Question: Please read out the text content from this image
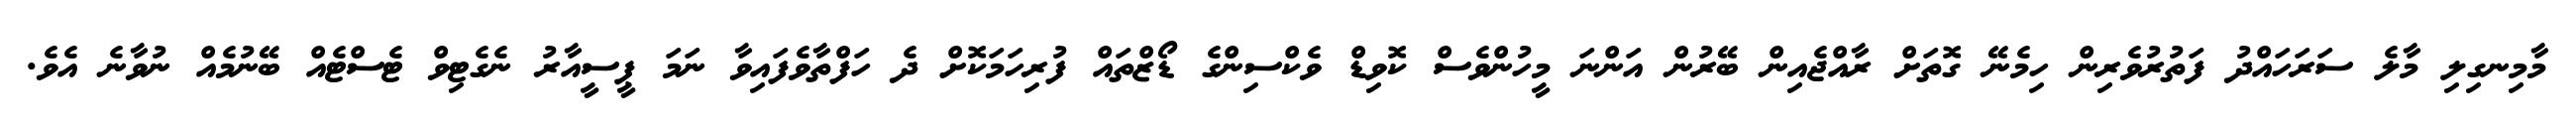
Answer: މާމިނގިލި މާލެ ސަރަހައްދު ފަތުރުވެރިން ހިމެނޭ ގޮތަށް ރާއްޖެއިން ބޭރުން އަންނަ މީހުންވެސް ކޮވިޑް ވެކްސިންގެ ޑޯޒްތައް ފުރިހަމަކޮށް ދެ ހަފްތާވެފައިވާ ނަމަ ޕީސީއާރު ނެގެޓިވް ޓެސްޓެއް ބޭނުމެއް ނުވާނެ އެވެ.